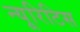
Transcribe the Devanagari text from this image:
न्यूरिटिस